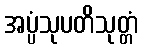
အပ္ပံသုပတိသုတ္တံ